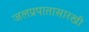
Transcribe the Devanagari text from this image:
जलप्रपातासारखी